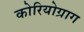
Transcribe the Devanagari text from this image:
कोरियोग्राग